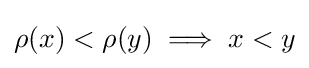
\rho (x)<\rho (y)\implies x<y